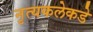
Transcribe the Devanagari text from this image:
नृत्यकलेकडे